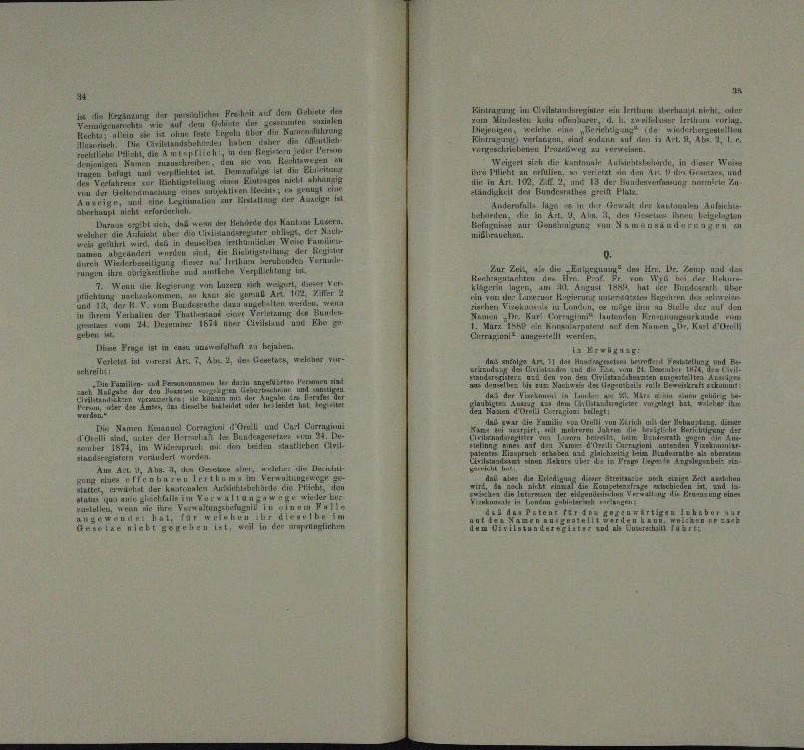
le die Krenzung der
.
daher in der aus der einen u. a.
n

n
.
¬
e

n
n
u
n
¬
a
¬
a
u ein werden
n der Behörde der
allen Re

da er eine

n
u

u

die Bern von Luze
 we
u
a
e

n
i der

.
e
Dr Frage ist in an unwohnt hrjahen
Ver L VII Art. 7. A 2, der Ueber, welcher ver-
urkreihe

n
 Namen nur und Carl C

e
.
uder einen
 Estern nur de
e Hein
a
dee einen einen der Veranl

kurrenten Ausrichtsbehörde d
d
wo

u
u
25.
u
¬
n
rünstirten
lae lebt gegeber die eine an d

n

latein ein
um Ar
e
u

n

v
ichtsbehörte, in dieser Weises

.
.
n
.
neten zu un

n der Anwe
rei Aufsich
Aer kanton
e
e

Bett, al
des
 den 19. Dr. Mann zu
aerten und
n
1
.
u

n
u
d

.

l Erben
das anfr
 Ar

n

e
un

e
eu
a
u

.
.

Streiten noch einige Erst auch
¬
u
a
¬
e

ru